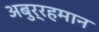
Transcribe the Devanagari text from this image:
अबुर्रहमान